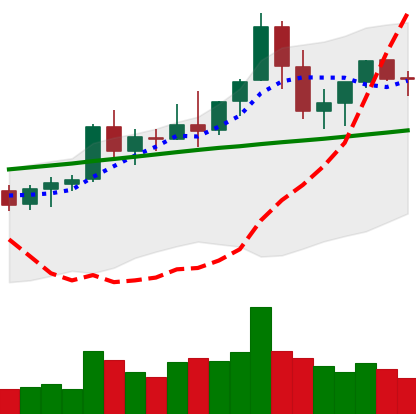
Ticker: ETC-USD
Chart end date: 2021-08-22
Forward return: -5.025%
Label: down_5_7